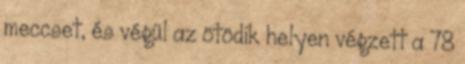
meccset, és végül az ötödik helyen végzett a 78